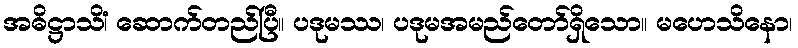
အဓိဋ္ဌာသိံ၊ ဆောက်တည်ပြီ။ ပဒုမဿ၊ ပဒုမအမည်တော်ရှိသော။ မဟေသိနော၊